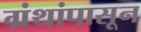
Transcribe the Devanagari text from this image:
ग्रंथांपासून